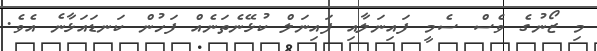
މި ޒޯނުގެ ވެސް ސެމީ ފައިނަލާއި ފައިނަލް ކުޅޭނެތަނެއް ފަހުން ކަނޑައަޅާނެ އެވެ.